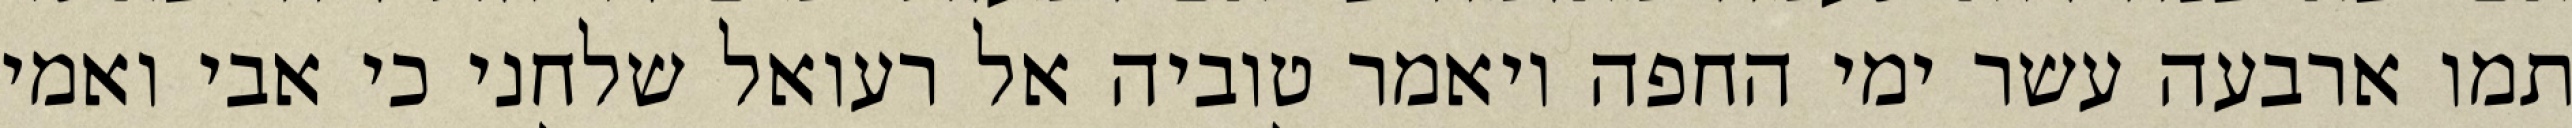
תמו ארבעה עשר ימי החפה ויאמר טוביה אל רעואל שלחני כי אבי ואמי